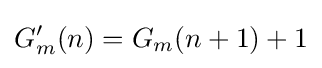
G'_{m}(n)=G_{m}(n+1)+1